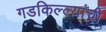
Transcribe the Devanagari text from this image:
गडकिल्ल्यांची